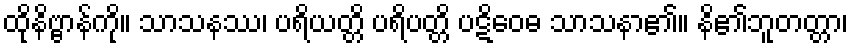
ထိုနိဗ္ဗာန်ကို။ သာသနဿ၊ ပရိယတ္တိ ပရိပတ္တိ ပဋိဝေဓ သာသနာ၏။ နိ၏ဘူတတ္တာ၊